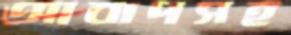
আবাদসহ